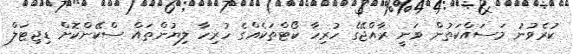
ކުރެވުނު މަސައްކަތުން ވަނީ ރާއްޖޭގެ ހުރިހާ ކޯޓްތަކެއްގެ ހުރިހާ ލިޔުންތައް ސްކޭންކޮށް ޑިޖިޓަލް